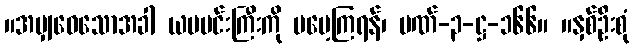
။အမျှဝေသောအခါ ယမမင်းကြီးကို မမေ့ကြရန်၊ ပဏ်-၃-ဋ္ဌ-၁၆၆။ ။နှစ်ဦးစုံ